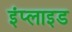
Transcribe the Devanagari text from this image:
इंप्लाइड